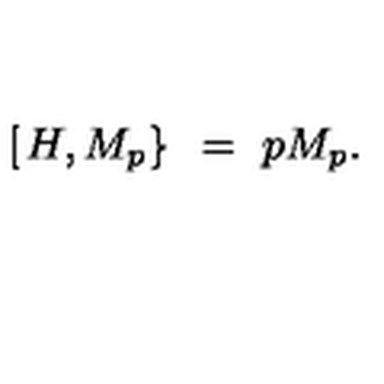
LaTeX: \left[ \left. H , M _ { p } \right\} \right. \ = \ p M _ { p } .